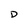
Character: D